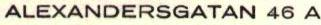
ALEXANDERSGATAN 46 A